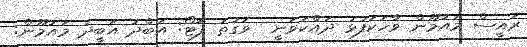
ރައީސް މައުމޫން ވާހަކަފުޅު ދައްކަވަނީ  ވަގުތު ފޮޓޯ: އަބްދު އަބީދު މައުމޫން: